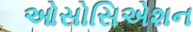
ઓસોસિએશન